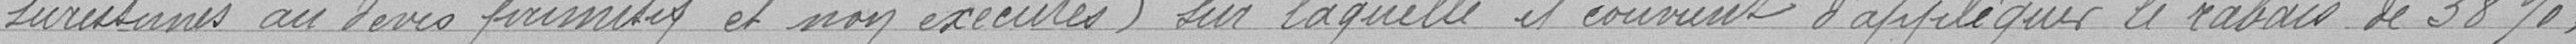
surestimés au devis primitif et non exécutés) sur laquelle il convient d'appliquer le rabais de 38%,